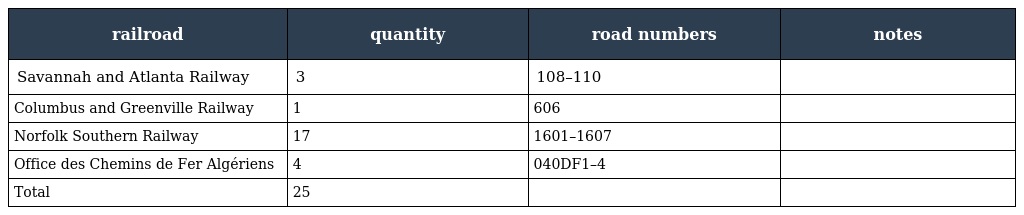
| railroad | quantity | road numbers | notes |
 | --- | --- | --- | --- |
 | Savannah and Atlanta Railway | 3 | 108–110 |  |
 | Columbus and Greenville Railway | 1 | 606 |  |
 | Norfolk Southern Railway | 17 | 1601–1607 |  |
 | Office des Chemins de Fer Algériens | 4 | 040DF1–4 |  |
 | Total | 25 |  |  |